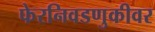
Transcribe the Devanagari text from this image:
फेरनिवडणुकीवर